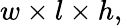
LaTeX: w\times l\times h,